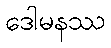
ဒေါမနဿ